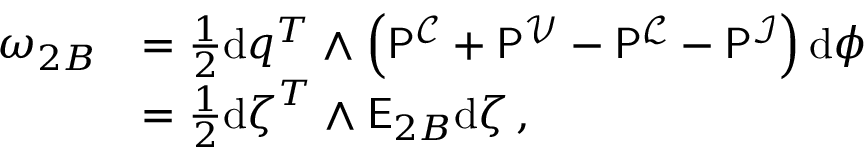
\begin{array} { r l } { \omega _ { 2 B } } & { = \frac { 1 } { 2 } \mathrm { d } \boldsymbol { q } ^ { T } \wedge \left( \mathsf { P } ^ { \mathcal { C } } + \mathsf { P } ^ { \mathcal { V } } - \mathsf { P } ^ { \mathcal { L } } - \mathsf { P } ^ { \mathcal { I } } \right) \mathrm { d } \boldsymbol { \phi } } \\ & { = \frac { 1 } { 2 } \mathrm { d } \boldsymbol { \zeta } ^ { T } \wedge \mathsf { E } _ { 2 B } \mathrm { d } \boldsymbol { \zeta } \, , } \end{array}